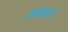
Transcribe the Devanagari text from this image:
सताता।